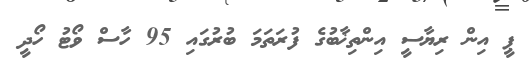
ޕީ އިން ރިޔާސީ އިންތިޚާބުގެ ފުރަތަމަ ބުރުގައި 95 ހާސް ވޯޓު ހޯދީ